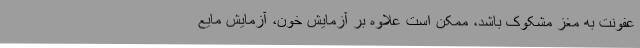
عفونت به مغز مشکوک باشد، ممکن است علاوه بر آزمایش خون، آزمایش مایع